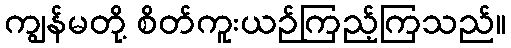
ကျွန်မတို့ စိတ်ကူးယဉ်ကြည့်ကြသည်။